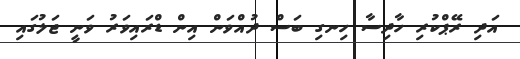
އަދި ރޭޕްކުރި ހާދިސާ ހިނގި ބަސް ދުއްވަން އިން ޑްރައިވަރު ވަނީ ޖަލުގައި